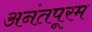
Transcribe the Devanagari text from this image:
अनंतपूरम